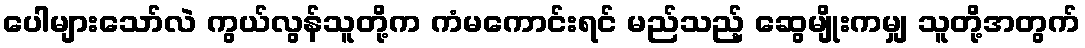
ပေါများသော်လဲ ကွယ်လွန်သူတို့က ကံမကောင်းရင် မည်သည့် ဆွေမျိုးကမျှ သူတို့အတွက်